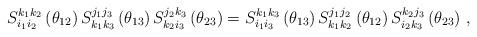
LaTeX: \begin{align*}S_{i_{1}i_{2}}^{k_{1}k_{2}}\left(\theta_{12}\right)S_{k_{1}k_{3}}^{j_{1}j_{3}}\left(\theta_{13}\right)S_{k_{2}i_{3}}^{j_{2}k_{3}}\left(\theta_{23}\right)=S_{i_{1}i_{3}}^{k_{1}k_{3}}\left(\theta_{13}\right)S_{k_{1}k_{2}}^{j_{1}j_{2}}\left(\theta_{12}\right)S_{i_{2}k_{3}}^{k_{2}j_{3}}\left(\theta_{23}\right)\,,\end{align*}